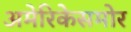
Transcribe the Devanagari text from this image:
अमेरिकेसमोर